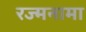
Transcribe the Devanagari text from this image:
रज्मनामा